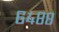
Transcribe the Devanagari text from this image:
६४८८